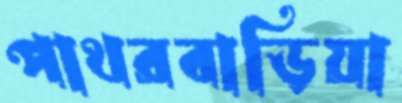
পাথরবাড়িয়া